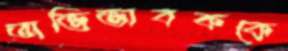
অভিভাবককে